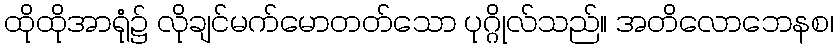
ထိုထိုအာရုံ၌ လိုချင်မက်မောတတ်သော ပုဂ္ဂိုလ်သည်။ အတိလောဘေနစ၊